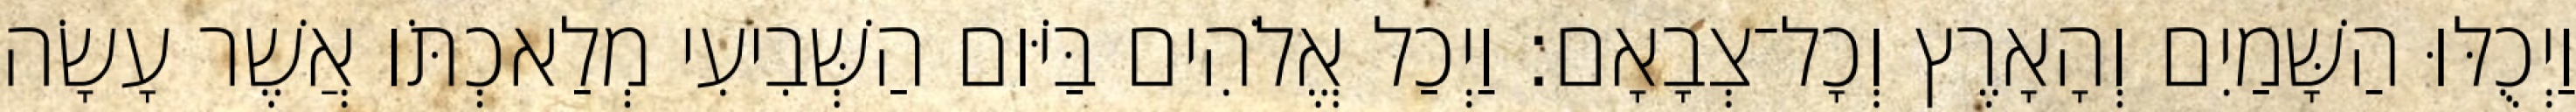
וַיְכֻלּוּ הַשָּׁמַיִם וְהָאָרֶץ וְכָל־צְבָאָם׃ וַיְכַל אֱלֹהִים בַּיֹּום הַשְּׁבִיעִי מְלַאכְתֹּו אֲשֶׁר עָשָׂה